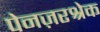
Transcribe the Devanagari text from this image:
पेनज़रश्रेक